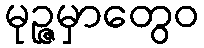
မုဉ္ဇမှာတွေဝ